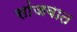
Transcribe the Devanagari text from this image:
सांजवात